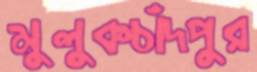
মুলুকচাঁদপুর